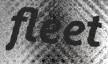
fleet